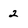
Character: 2